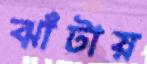
ঝাঁটায়